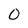
Character: 0